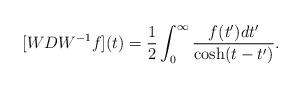
LaTeX: \begin{align*} [WDW^{-1} f] (t) = \frac 12 \int_0^\infty \frac{f(t')dt'}{\cosh (t-t')} . \end{align*}